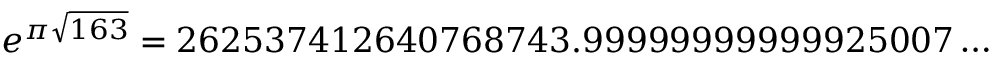
e ^ { \pi { \sqrt { 1 6 3 } } } = 2 6 2 5 3 7 4 1 2 6 4 0 7 6 8 7 4 3 . 9 9 9 9 9 9 9 9 9 9 9 9 2 5 0 0 7 \dots